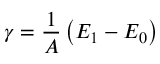
\gamma = { \frac { 1 } { A } } \left( E _ { 1 } - E _ { 0 } \right)